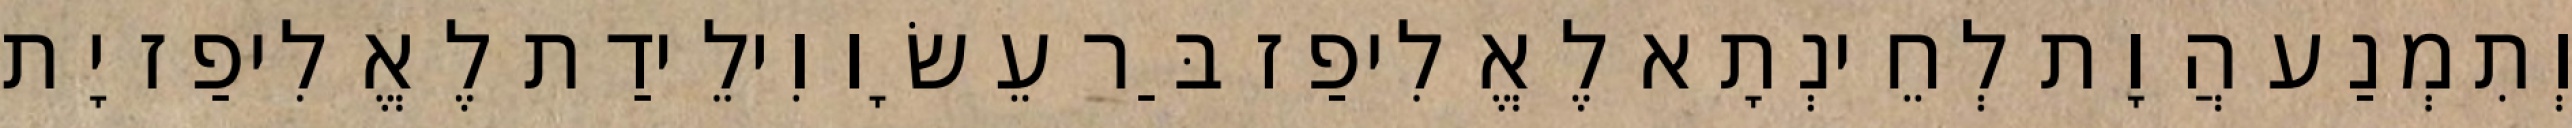
וְתִמְנַע הֲוָת לְחֵינְתָא לֶאֱלִיפַז בַּר עֵשָׂו וִילֵידַת לֶאֱלִיפַז יָת